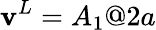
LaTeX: \mathbf{v}^{L}=A_{1}@2a